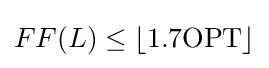
FF(L)\leq \lfloor 1.7\mathrm {OPT} \rfloor